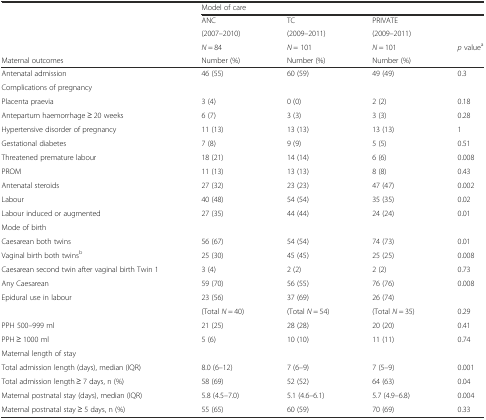
<table><thead><tr><td></td><td colspan="4"><b>Model of care</b></td></tr><tr><td rowspan="2"></td><td><b>ANC</b></td><td><b>TC</b></td><td><b>PRIVATE</b></td><td></td></tr><tr><td><b>(2007–2010)</b></td><td><b>(2009–2011)</b></td><td><b>(2009–2011)</b></td><td></td></tr><tr><td></td><td><b><i>N</i> = 84</b></td><td><b><i>N</i> = 101</b></td><td><b><i>N</i> = 101</b></td><td><b><i>p</i> value<sup>a</sup></b></td></tr><tr><td><b>Maternal outcomes</b></td><td><b>Number (%)</b></td><td><b>Number (%)</b></td><td><b>Number (%)</b></td><td></td></tr></thead><tbody><tr><td>Antenatal admission</td><td>46 (55)</td><td>60 (59)</td><td>49 (49)</td><td>0.3</td></tr><tr><td>Complications of pregnancy</td><td></td><td></td><td></td><td></td></tr><tr><td>Placenta praevia</td><td>3 (4)</td><td>0 (0)</td><td>2 (2)</td><td>0.18</td></tr><tr><td>Antepartum haemorrhage ≥ 20 weeks</td><td>6 (7)</td><td>3 (3)</td><td>3 (3)</td><td>0.28</td></tr><tr><td>Hypertensive disorder of pregnancy</td><td>11 (13)</td><td>13 (13)</td><td>13 (13)</td><td>1</td></tr><tr><td>Gestational diabetes</td><td>7 (8)</td><td>9 (9)</td><td>5 (5)</td><td>0.51</td></tr><tr><td>Threatened premature labour</td><td>18 (21)</td><td>14 (14)</td><td>6 (6)</td><td>0.008</td></tr><tr><td>PROM</td><td>11 (13)</td><td>13 (13)</td><td>8 (8)</td><td>0.43</td></tr><tr><td>Antenatal steroids</td><td>27 (32)</td><td>23 (23)</td><td>47 (47)</td><td>0.002</td></tr><tr><td>Labour</td><td>40 (48)</td><td>54 (54)</td><td>35 (35)</td><td>0.02</td></tr><tr><td>Labour induced or augmented</td><td>27 (35)</td><td>44 (44)</td><td>24 (24)</td><td>0.01</td></tr><tr><td>Mode of birth</td><td></td><td></td><td></td><td></td></tr><tr><td>Caesarean both twins</td><td>56 (67)</td><td>54 (54)</td><td>74 (73)</td><td>0.01</td></tr><tr><td>Vaginal birth both twins<sup>b</sup></td><td>25 (30)</td><td>45 (45)</td><td>25 (25)</td><td>0.008</td></tr><tr><td>Caesarean second twin after vaginal birth Twin 1</td><td>3 (4)</td><td>2 (2)</td><td>2 (2)</td><td>0.73</td></tr><tr><td>Any Caesarean</td><td>59 (70)</td><td>56 (55)</td><td>76 (76)</td><td>0.008</td></tr><tr><td rowspan="2">Epidural use in labour</td><td>23 (56)</td><td>37 (69)</td><td>26 (74)</td><td></td></tr><tr><td>(Total <i>N</i> = 40)</td><td>(Total <i>N</i> = 54)</td><td>(Total <i>N</i> = 35)</td><td>0.29</td></tr><tr><td>PPH 500–999 ml</td><td>21 (25)</td><td>28 (28)</td><td>20 (20)</td><td>0.41</td></tr><tr><td>PPH ≥ 1000 ml</td><td>5 (6)</td><td>10 (10)</td><td>11 (11)</td><td>0.74</td></tr><tr><td>Maternal length of stay</td><td></td><td></td><td></td><td></td></tr><tr><td>Total admission length (days), median (IQR)</td><td>8.0 (6–12)</td><td>7 (6–9)</td><td>7 (5–9)</td><td>0.001</td></tr><tr><td>Total admission length ≥ 7 days, n (%)</td><td>58 (69)</td><td>52 (52)</td><td>64 (63)</td><td>0.04</td></tr><tr><td>Maternal postnatal stay (days), median (IQR)</td><td>5.8 (4.5–7.0)</td><td>5.1 (4.6–6.1)</td><td>5.7 (4.9–6.8)</td><td>0.004</td></tr><tr><td>Maternal postnatal stay ≥ 5 days, n (%)</td><td>55 (65)</td><td>60 (59)</td><td>70 (69)</td><td>0.33</td></tr></tbody></table>